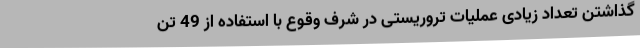
گذاشتن تعداد زیادی عملیات تروریستی در شرف وقوع با استفاده از 49 تن